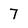
Character: 7